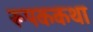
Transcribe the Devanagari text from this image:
रूपककथा